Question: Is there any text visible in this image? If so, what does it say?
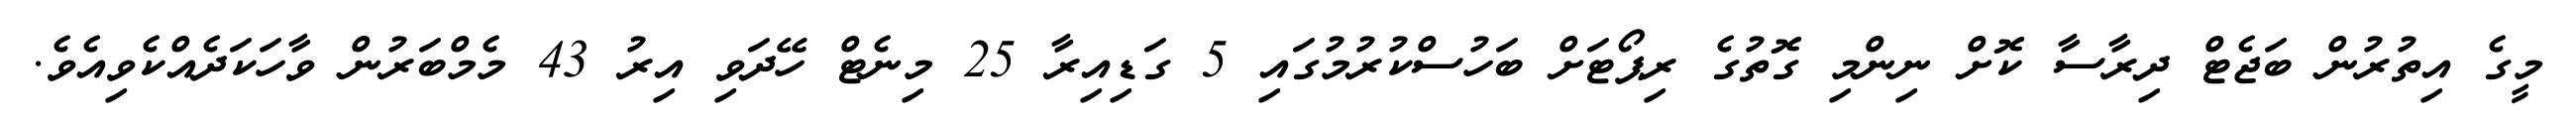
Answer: މީގެ އިތުރުން ބަޖެޓް ދިރާސާ ކޮށް ނިންމި ގޮތުގެ ރިޕޯޓަށް ބަހުސްކުރުމުގައި 5 ގަޑިއިރާ 25 މިނެޓް ހޭދަވި އިރު 43 މެމްބަރުން ވާހަކަދެއްކެވިއެވެ.